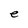
Character: e